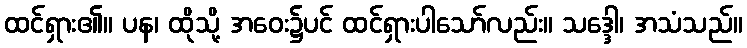
ထင်ရှား၏။ ပန၊ ထိုသို့ အဝေး၌ပင် ထင်ရှားပါသော်လည်း။ သဒ္ဒေါ၊ အသံသည်။